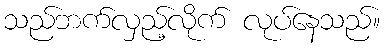
သည်ဘက်လှည့်လိုက် လုပ်နေသည်။